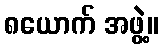
၈ယောက် အဖွဲ့။